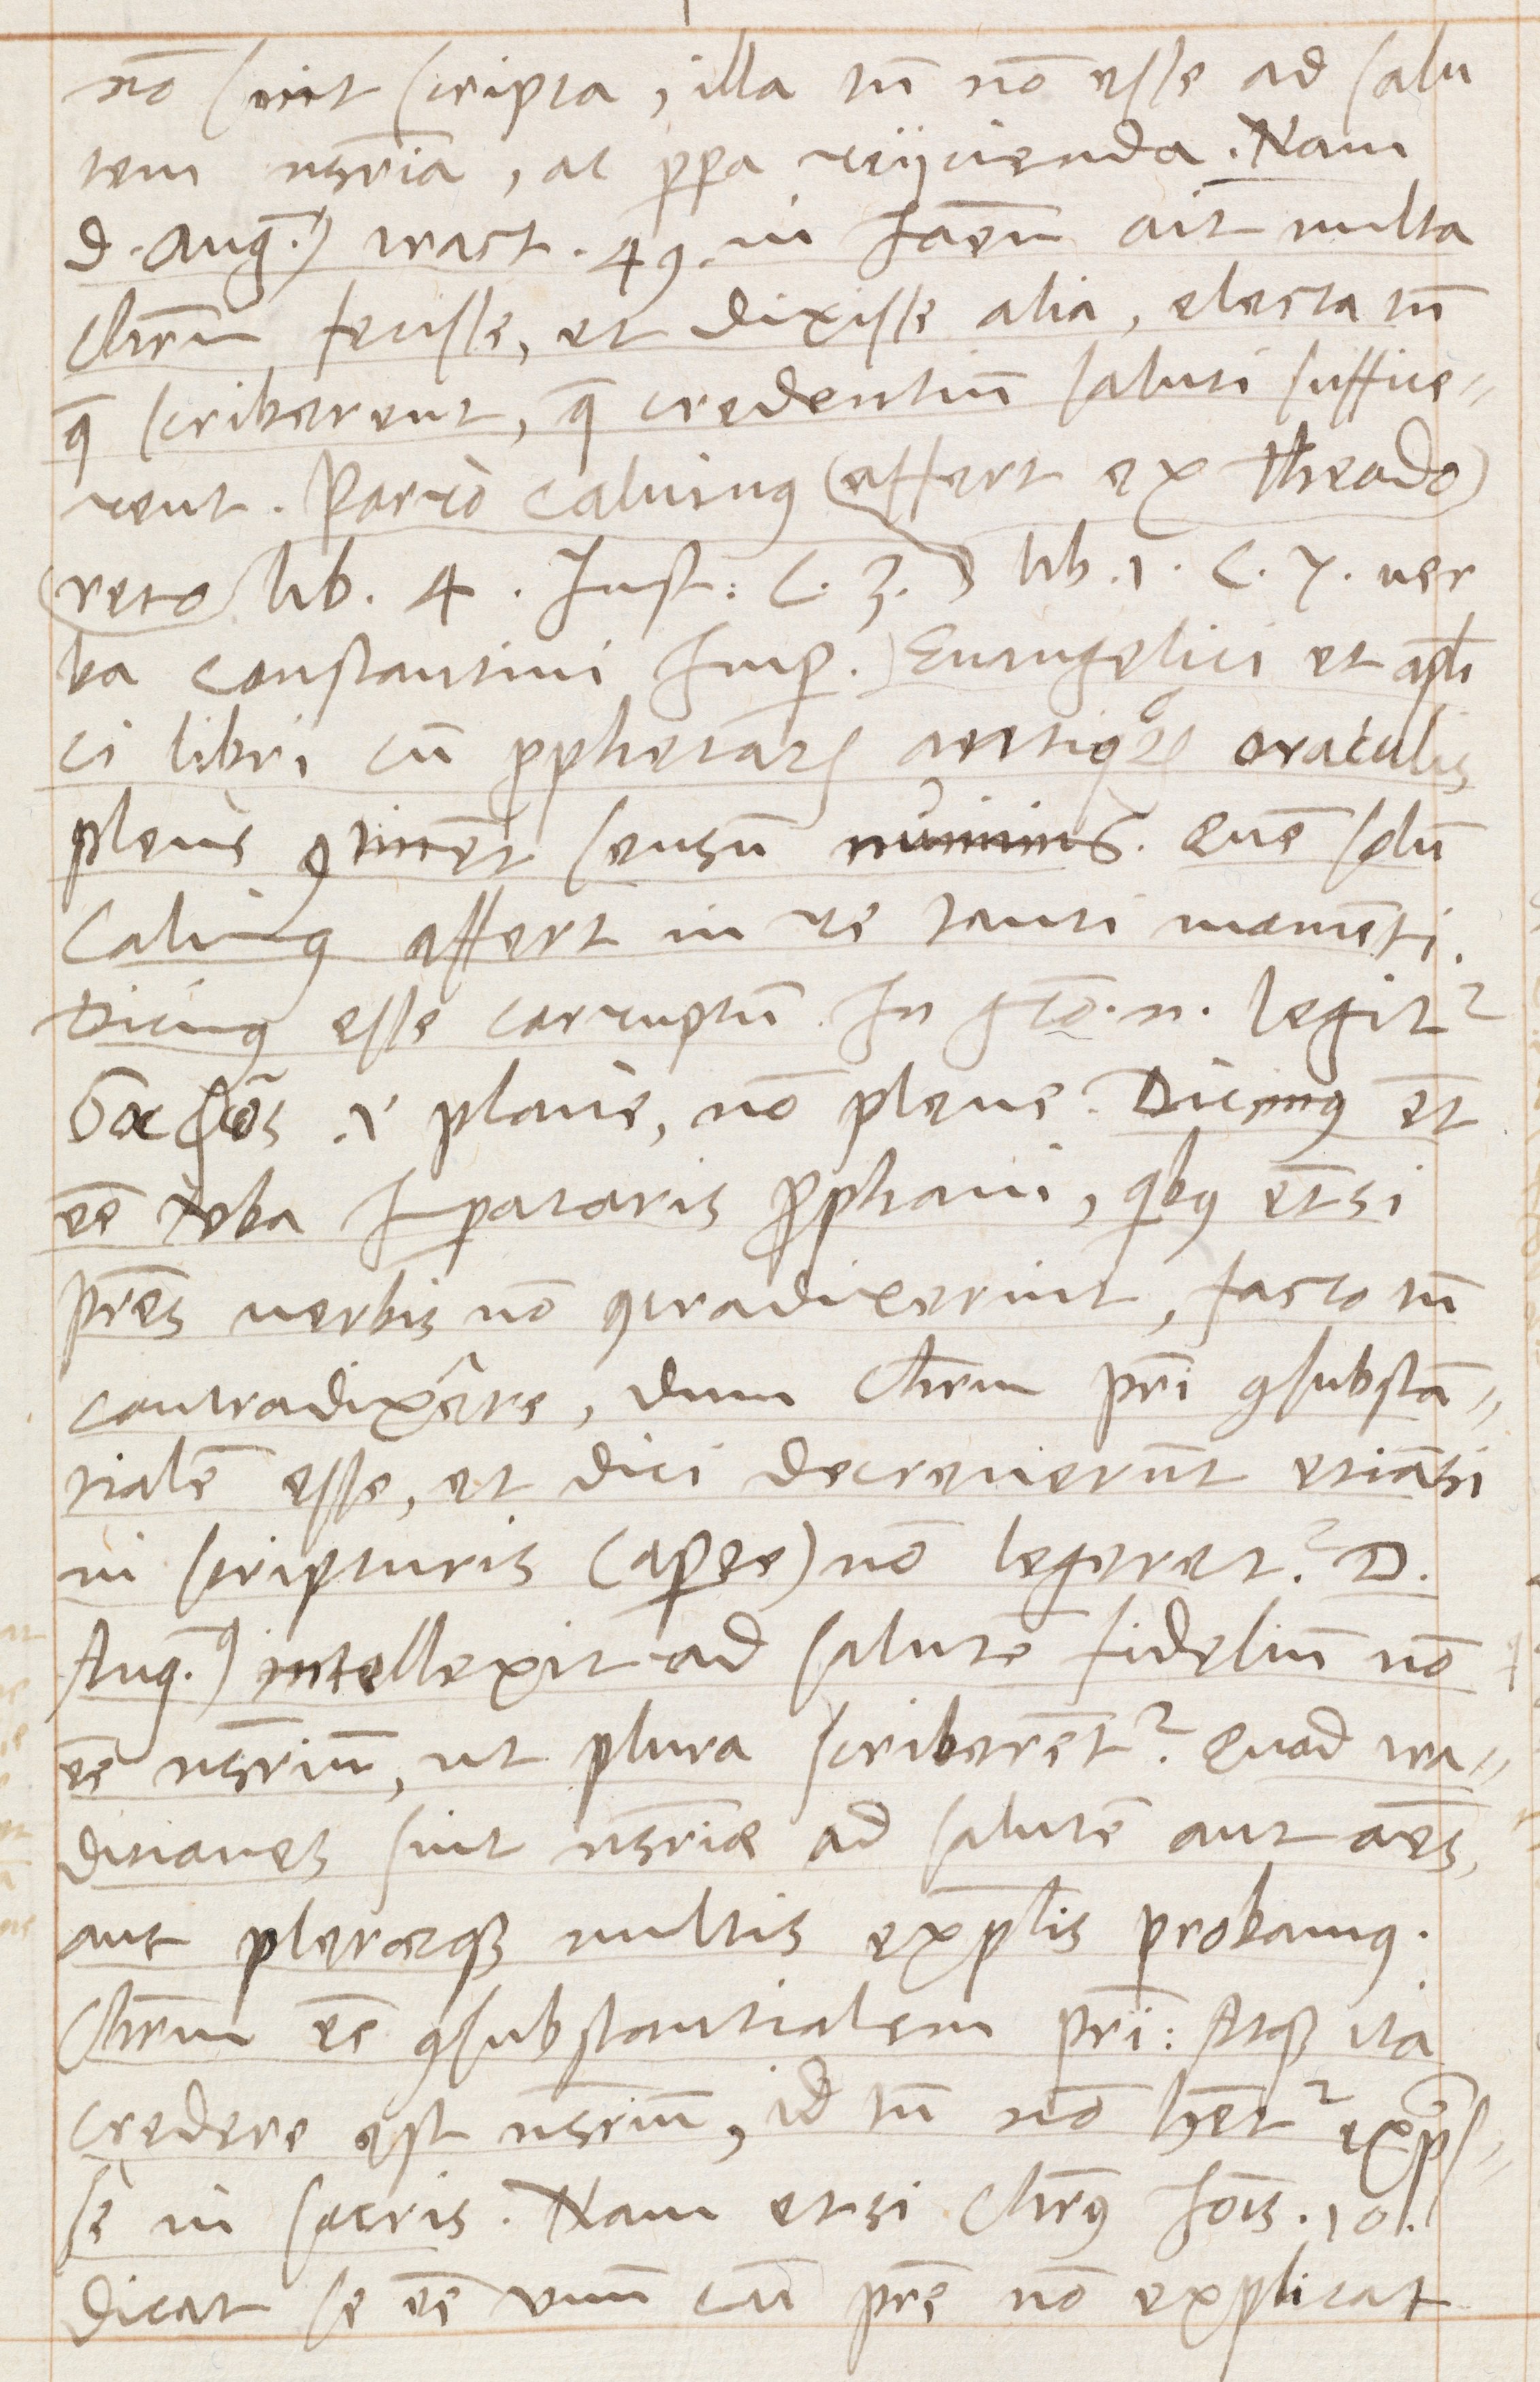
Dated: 1570–1570